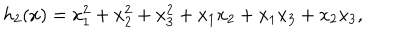
LaTeX: h _ { 2 } ( x ) = x _ { 1 } ^ { 2 } + x _ { 2 } ^ { 2 } + x _ { 3 } ^ { 2 } + x _ { 1 } x _ { 2 } + x _ { 1 } x _ { 3 } + x _ { 2 } x _ { 3 } ,